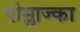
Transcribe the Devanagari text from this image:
पोम्लाज्का